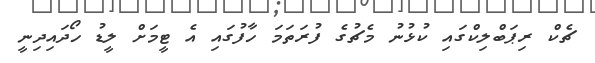
ޗެކް ރިޕަބްލިކްގައި ކުޅުނު މެޗުގެ ފުރަތަމަ ހާފުގައި އެ ޓީމަށް ލީޑު ހޯދައިދިނީ